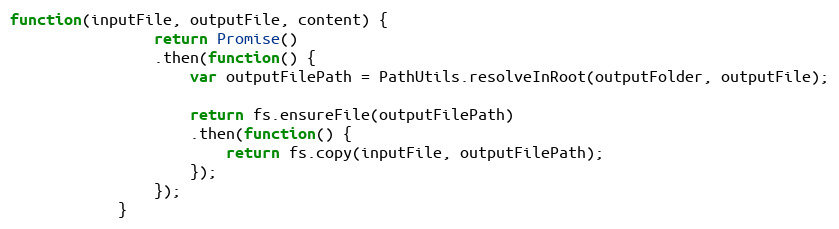
Language: JavaScript
function(inputFile, outputFile, content) {
                return Promise()
                .then(function() {
                    var outputFilePath = PathUtils.resolveInRoot(outputFolder, outputFile);

                    return fs.ensureFile(outputFilePath)
                    .then(function() {
                        return fs.copy(inputFile, outputFilePath);
                    });
                });
            }